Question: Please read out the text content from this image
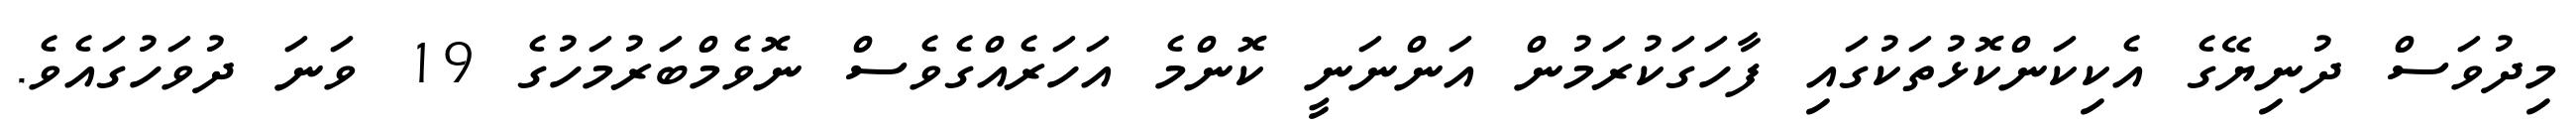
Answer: މިދުވަސް ދުނިޔޭގެ އެކިކަންކޮޅުތަކުގައި ފާހަގަކުރަމުން އަންނަނީ ކޮންމެ އަހަރެއްގެވެސް ނޮވެމްބަރުމަހުގެ 19 ވަނަ ދުވަހުގައެވެ.